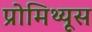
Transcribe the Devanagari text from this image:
प्रोमिथ्यूस